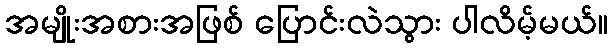
အမျိုးအစားအဖြစ် ပြောင်းလဲသွား ပါလိမ့်မယ်။